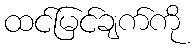
ထင်မြင်ချက်ကို